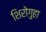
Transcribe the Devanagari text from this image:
शिरोगुहा